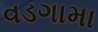
વડગામા